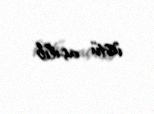
üstü açılıb.